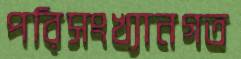
পরিসংখ্যানগত